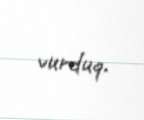
vurduq.